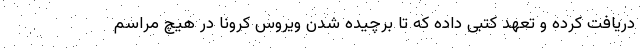
دریافت کرده و تعهد کتبی داده که تا برچیده شدن ویروس کرونا در هیچ مراسم